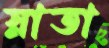
স্নাতা